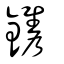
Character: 鑴